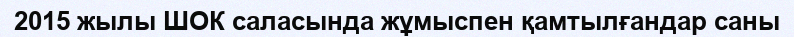
2015 жылы ШОК саласында жұмыспен қамтылғандар саны